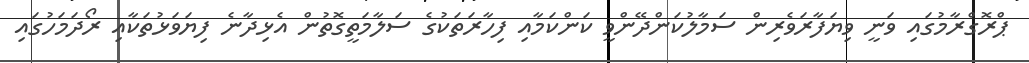
ޕްރޮގްރާމުގައި ވަނީ ވިޔަފާރަވެރިން ސަމާލުކަންދޭންވީ ކަންކަމާއި ފިހާރަތަކުގެ ސަލާމަތީގޮތުން އެޅިދާނެ ފިޔަވަޅުތަކާއި ރޯދަމަހުގައި